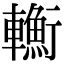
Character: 𨏎